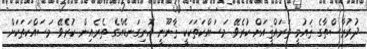
ދުރުރާސްތާގެ ޤައުމީ ތަރައްޤީއަށް ކުރެވޭ މަސައްކަތަކަކީ ޤާނޫނީ އޮނިގަނޑެއްގެ ތެރެއިން ކުރެވޭ މަސައްކަތަކަށް